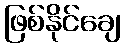
ဖြစ်နိုင်ချေ